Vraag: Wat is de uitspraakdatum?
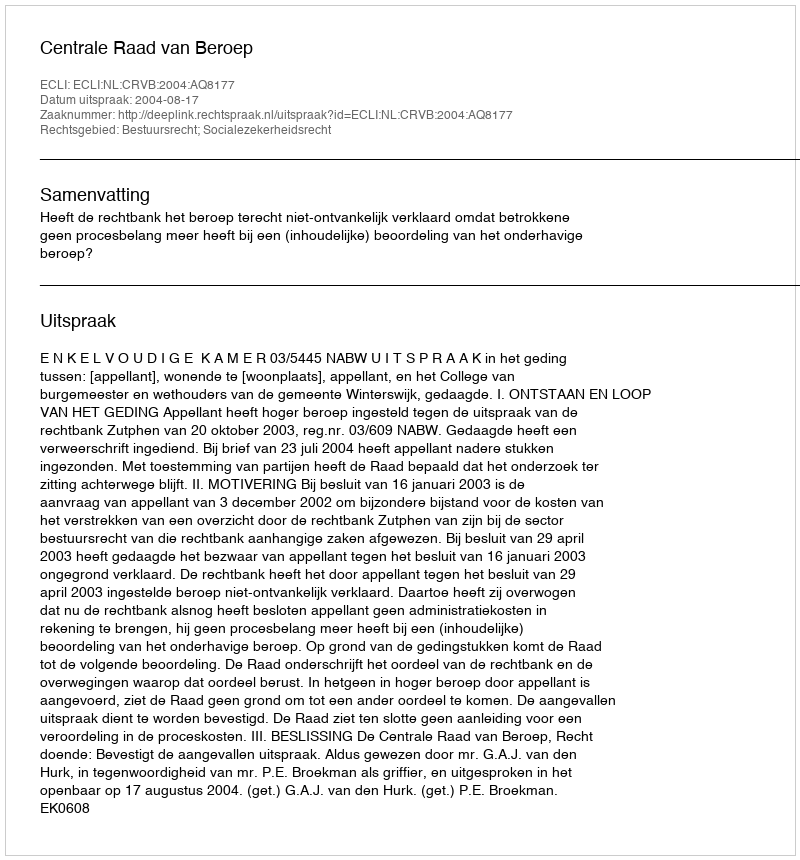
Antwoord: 2004-08-17